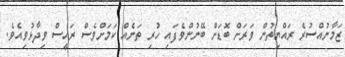
ޒަމާނުއްސުރެ ރައްޔިތުން ވަރަށް ބޮޑަށް ބޭނުންވެފައި ހުރި ތަނެއް ކަމަށްވެސް ރައީސް ވިދާޅުވިއެވެ.